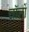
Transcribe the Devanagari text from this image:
चॉलों